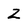
Character: Z